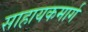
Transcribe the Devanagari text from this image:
साहायकमार्ग